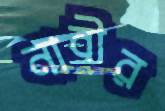
নাবীর